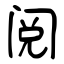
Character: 阅